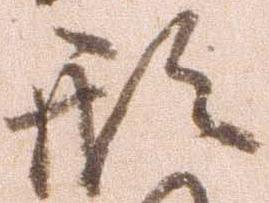
形